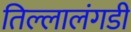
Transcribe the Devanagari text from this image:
तिल्लालंगडी